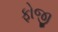
ફોજી